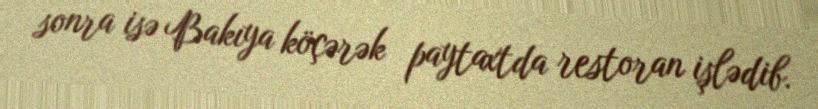
sonra isə Bakıya köçərək paytaxtda restoran işlədib.